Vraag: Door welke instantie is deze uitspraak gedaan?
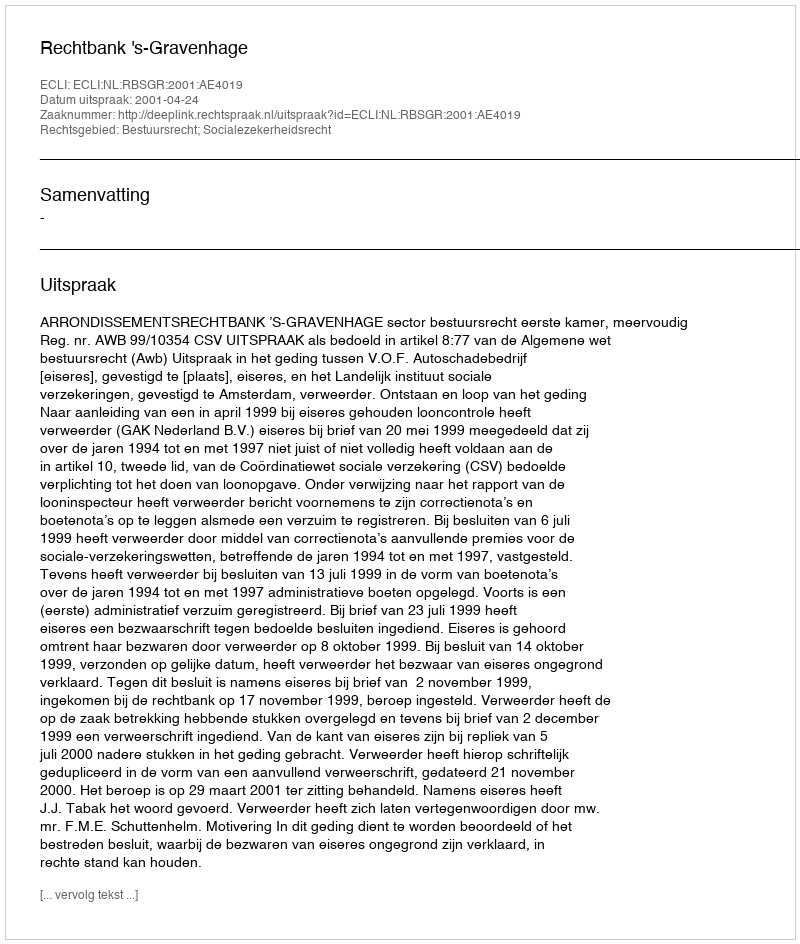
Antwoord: Rechtbank 's-Gravenhage